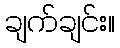
ချက်ချင်း။